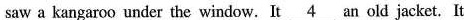
saw a kangaroo under the window. It \underline{4} an old jacket. It